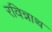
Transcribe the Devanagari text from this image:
रविन्नाथ